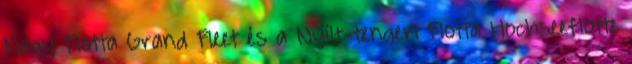
Nagy Flotta Grand Fleet és a Nyílt-tengeri Flotta Hochseeflotte